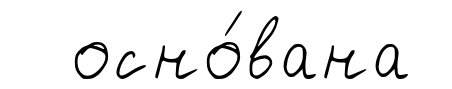
осно́вана